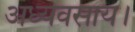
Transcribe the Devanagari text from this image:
अध्यवसाय।